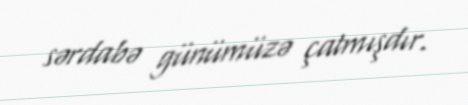
sərdabə günümüzə çatmışdır.